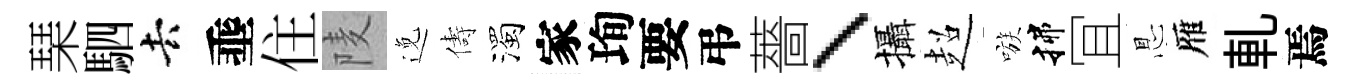
琹駟去埀住𨹧𨓜儔濁家珣要弔薔、攝超嗾揲冝㤙雁軋焉